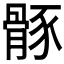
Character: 𩩒